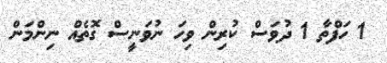
1 ހަފްތާ 1 ދުވަސް ކުރިން ވިހަ ނުވަނީސް ގޮތެއް ނިންމަން